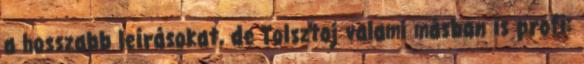
a hosszabb leírásokat, de Tolsztoj valami másban is profi: